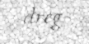
dreg